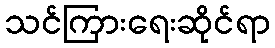
သင်ကြားရေးဆိုင်ရာ